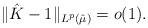
LaTeX: \begin{align*}\| \hat K - 1 \|_{L^p(\hat \mu)} = o (1).\end{align*}